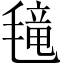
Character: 𱥤